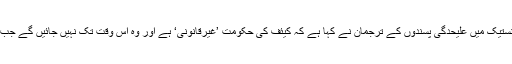
یوکرین کے مشرقی شہر دونستیک میں علیحدگی پسندوں کے ترجمان نے کہا ہے کہ کیئف کی حکومت ’غیرقانونی‘ ہے اور وہ اس وقت تک نہیں جائیں گے جب تک حکومت گر نہیں جاتی۔